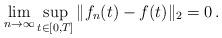
LaTeX: \begin{align*}\lim_{n\to\infty} \sup_{t\in [0,T]} \|f_n(t)-f(t)\|_2 = 0\,. \end{align*}